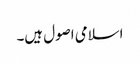
اسلامی اصول ہیں۔